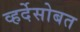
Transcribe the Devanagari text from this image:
व्हर्देसोबत